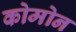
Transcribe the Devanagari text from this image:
कोमोन